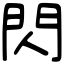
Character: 閃